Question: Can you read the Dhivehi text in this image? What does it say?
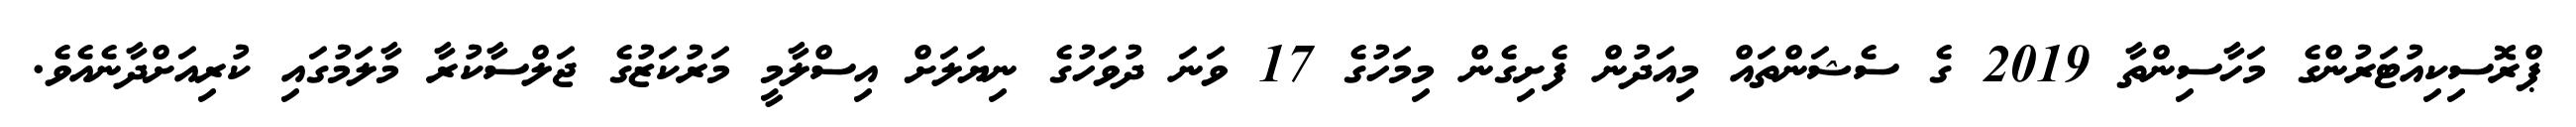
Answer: ޕްރޮސިކިއުޓަރުންގެ މަހާސިންތާ 2019 ގެ ސެޝަންތައް މިއަދުން ފެށިގެން މިމަހުގެ 17 ވަނަ ދުވަހުގެ ނިޔަލަށް އިސްލާމީ މަރުކަޒުގެ ޖަލްސާކުރާ މާލަމުގައި ކުރިއަށްދާނެއެވެ.